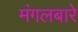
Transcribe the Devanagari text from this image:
मंगलबारे